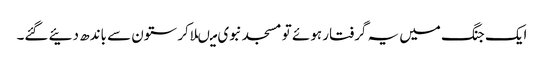
ایک جنگ میں یہ گرفتار ہوئے تو مسجد نبوی میںلاکر ستون سے باندھ دئیے گئے۔